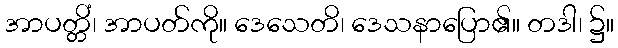
အာပတ္တိံ၊ အာပတ်ကို။ ဒေသေတိ၊ ဒေသနာပြော၏။ တဒါ၊ ၌။